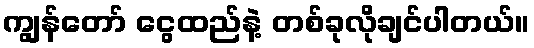
ကျွန်တော် ငွေထည်နဲ့ တစ်ခုလိုချင်ပါတယ်။